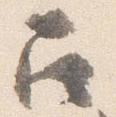
召